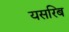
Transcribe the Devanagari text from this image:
यसरिब